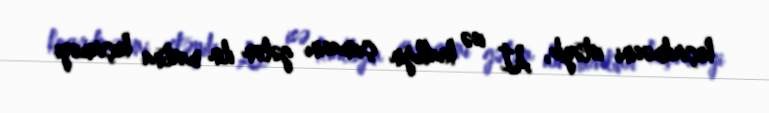
keçirilməsini istəyib, Aİ isə krallığın çıxmasını gələn ilin martına keçirməyi